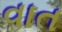
વાત